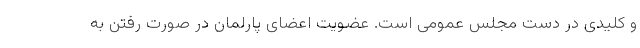
و کلیدی در دست مجلس عمومی است. عضویت اعضای پارلمان در صورت رفتن به